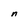
Character: n